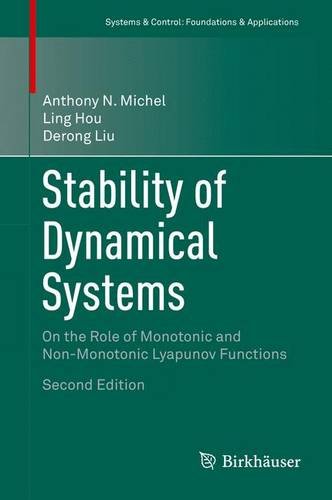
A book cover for Stability of Dynamical Systems: On the Role of Monotonic and Non-Monotonic Lyapunov Functions (Systems & Control: Foundations & Applications); Anthony N. Michel; Science & Math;